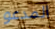
المدعو